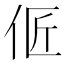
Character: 𰁳